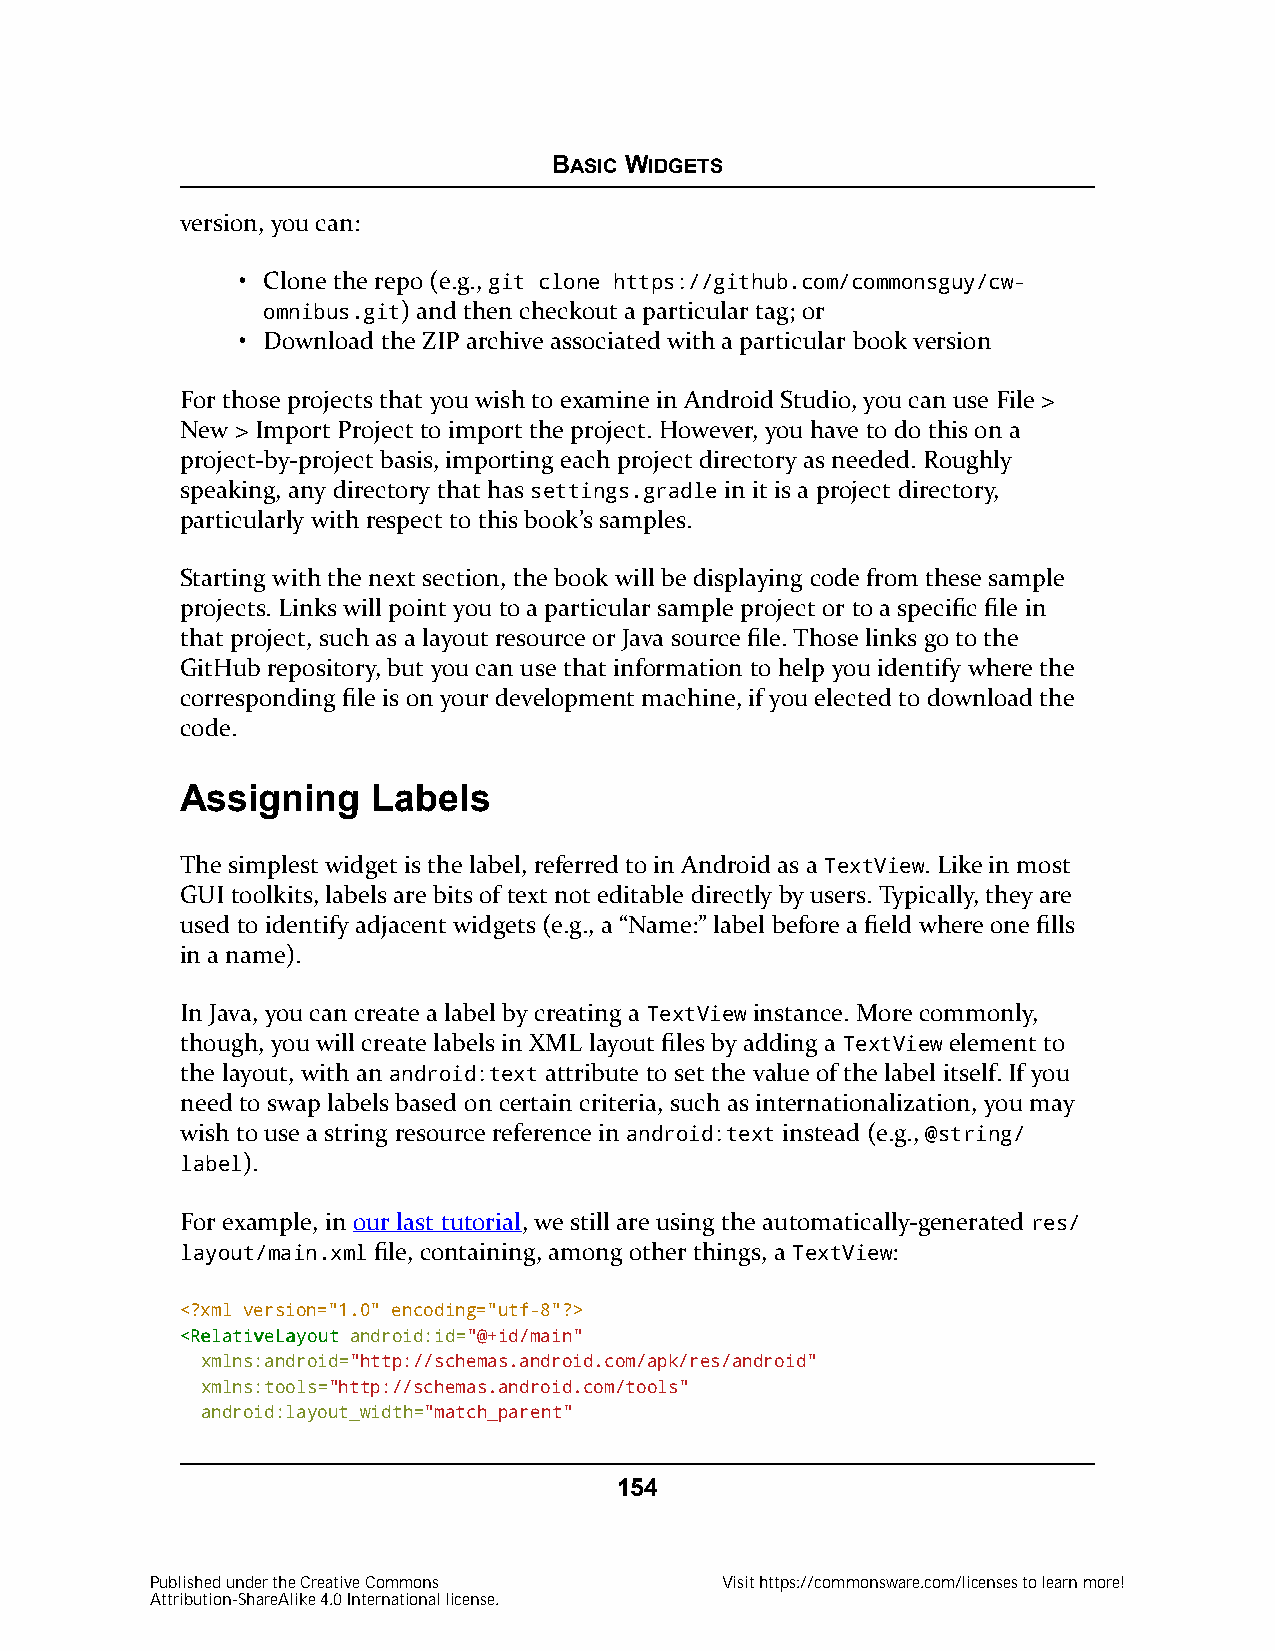
BASIC WIDGETS
 version, you can:
 • Clone the repo (e.g., git clone https://github.com/commonsguy/cw-
 omnibus.git) and then checkout a particular tag; or
 • Download the ZIP archive associated with a particular book version
 For those projects that you wish to examine in Android Studio, you can use File >
 New > Import Project to import the project. However, you have to do this on a
 project-by-project basis, importing each project directory as needed. Roughly
 speaking, any directory that has settings.gradle in it is a project directory,
 particularly with respect to this book’s samples.
 Starting with the next section, the book will be displaying code from these sample
 projects. Links will point you to a particular sample project or to a specific file in
 that project, such as a layout resource or Java source file. Those links go to the
 GitHub repository, but you can use that information to help you identify where the
 corresponding file is on your development machine, if you elected to download the
 code.
 Assigning    Labels
 The simplest widget is the label, referred to in Android as a TextView. Like in most
 GUI toolkits, labels are bits of text not editable directly by users. Typically, they are
 used to identify adjacent widgets (e.g., a “Name:” label before a field where one fills
 in a name).
 In Java, you can create a label by creating a TextView instance. More commonly,
 though, you will create labels in XML layout files by adding a TextView element to
 the layout, with an android:text attribute to set the value of the label itself. If you
 need to swap labels based on certain criteria, such as internationalization, you may
 wish to use a string resource reference in android:text instead (e.g., @string/
 label).
 For example, in our last tutorial, we still are using the automatically-generated res/
 layout/main.xml file, containing, among other things, a TextView:
 <?xml version="1.0" encoding="utf-8"?>
 <<RReellaattiivveeLLaayyoouutt android:id="@+id/main"
 xmlns:android="http://schemas.android.com/apk/res/android"
 xmlns:tools="http://schemas.android.com/tools"
 android:layout_width="match_parent"
 154
 Published under the Creative Commons  Visit https://commonsware.com/licenses to learn more!
 Attribution-ShareAlike 4.0 International license.